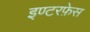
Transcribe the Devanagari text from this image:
इण्टरफ़ेस